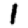
Digit: 1